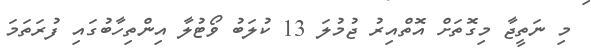
މި ނަތީޖާ މިގޮތަށް އޮތްއިރު ޖުމުލަ 13 ކުލަބު ވޯޓުލާ އިންތިހާބުގައި ފުރަތަމަ